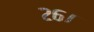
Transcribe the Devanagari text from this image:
२६।